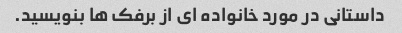
داستانی در مورد خانواده ای از برفک ها بنویسید.